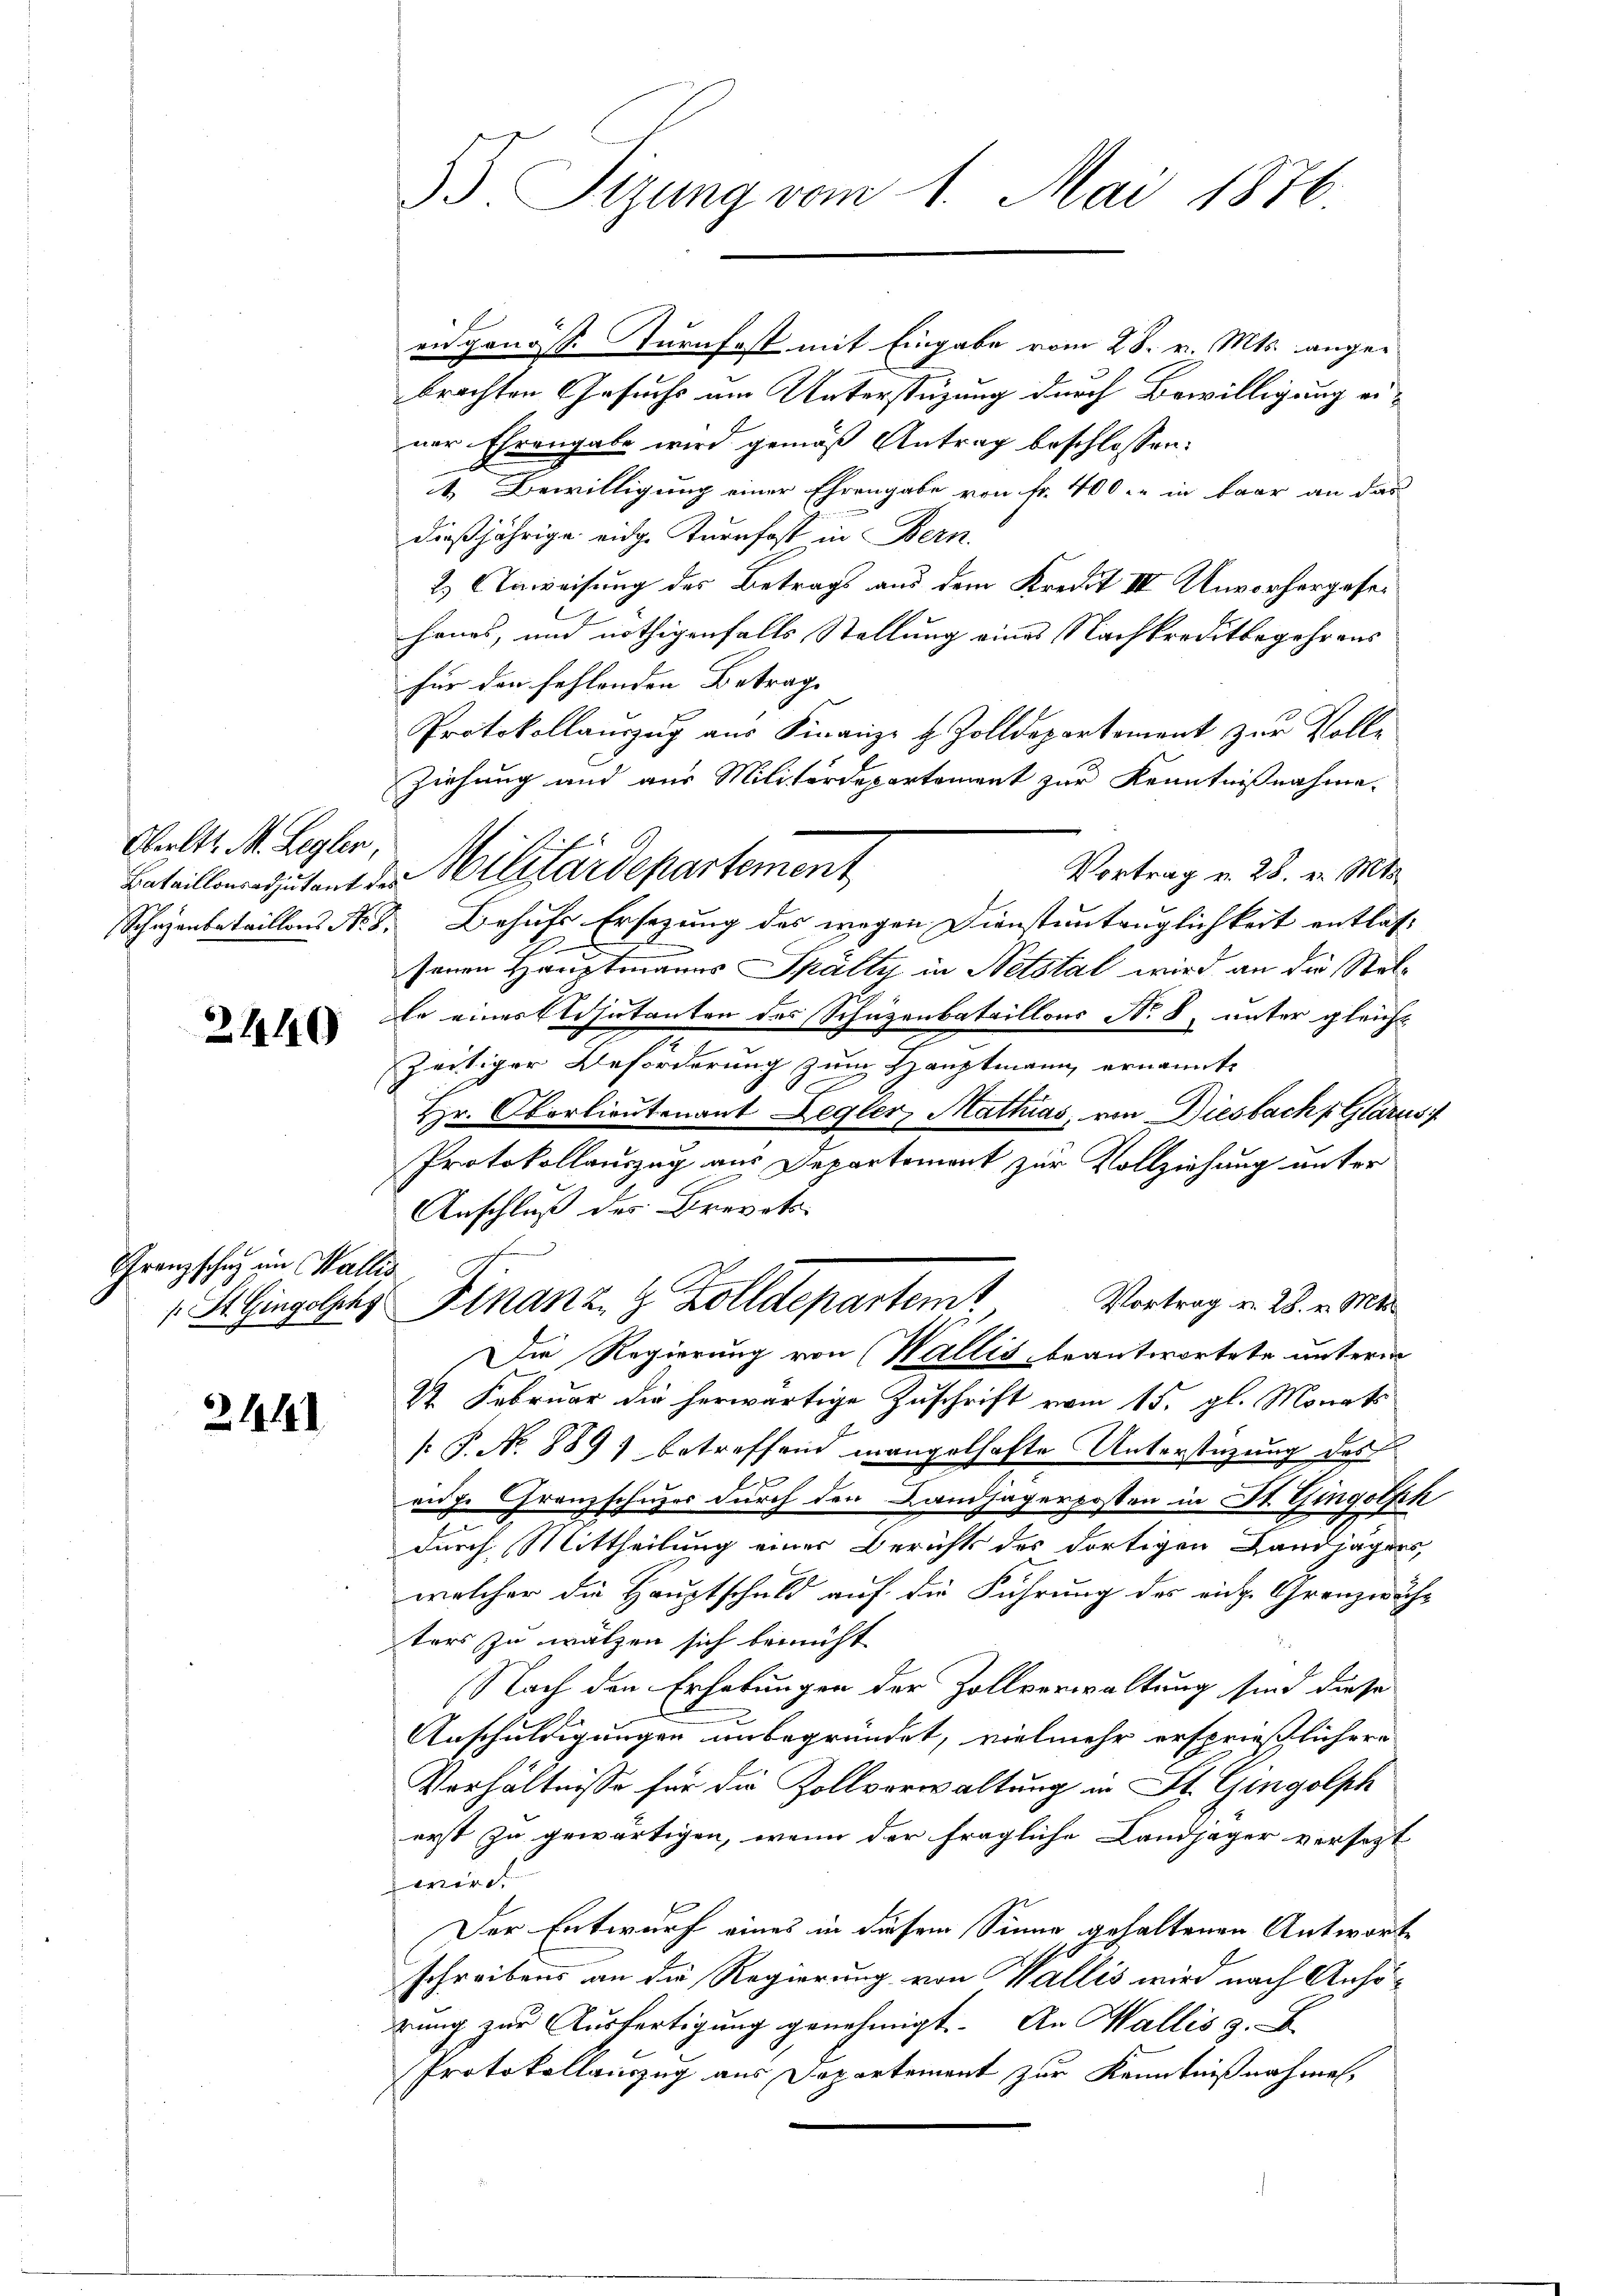
Oberltl. M. Leylen,

2440

Franzsche in Wallis

2441

B Sizung vom 1. Mai 1876.

en genöss. Turnfest mit Eingabe vom 28. v. Mts. angebrachten Gesuchs am Unterstüzung durch Bewilligung einer Ehrengabe wird gemäß Antrag beschlossen:
t. Bewilligung einer Ehrengabe von fr. 400.- in baar an das
dießjährige eidg. Kurrfost in Bern.
2) Anweisung des Betrags aus dem Kredit III Unvorhergesehanos, und nöthigenfalls Stellung eines Nachkreditbegehrens
für den fehlenden Betrag
Protokollauszug aus Finanze H. Zolldepartement zur Volle
Ziehung und aus Militärdepartement zur Kenntnißnahme.
Vortrag v. 28. v. Mts.
Schazenbataillons No. 8. Behufs Ersezung des wegen Dienstantrüglichkeit entlassenen Hauptmanns Spälty in Netstal wird an die Stal¬
Er eines Eisutanten des Schüzenbataillons No 8. unter gleicht
x
zeitiger Beförderung zum Hauptmann ernannte
Hr. Oberlieutenant Legler, Mattas, von Diesbach Glarus
Protokollauszug aus Departement zur Vollziehung unter
Anschluß des Brevets¬
Vortrag v. 28. v. Mts.
H Gingelche Finanz. Z. Zolldepartemt
Die Regierung von (Wallis, beantwortete unterm
St. Februar die herwärtige Zuschrift vom 15. gl. Monats
 P. No 889) betreffend mangelhafte Unterstüzung des
eige Granzschuzes durch den Landjägerposten in St. Gingolph
durch Mittheilung einer Berichts des dortigen Landjägers,
welcher die Hauptschuld auf die Führung des eiche Granzwuhr
ters zu wälzen sich bemüht
Nach den Erhebungen der Zollverwaltung sind diese
Anschuldigungen unbegründet, vielmehr ersprießlichere
Verhältnisse für die Zollverwaltung in St. Gingolph
erst zu gewärtigen, wenn der fragliche Landjäger versezt
wird.
Der Entwurf eines in diesem Sinne gehaltenen Antworte
schreibens an die Regierung von Wallis wird nach Anhözung zur Ausfertigung genehmigt. An Wallis z. B.
Protokollauszug aus Departement zur Kenntnißnahmen,

Bataillendutant der Militärdepartement